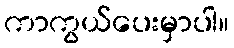
ကာကွယ်ပေးမှာပါ။